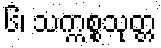
၆၊ သက္ကစ္စသုတ္တ